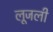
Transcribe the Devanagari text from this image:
लूजली